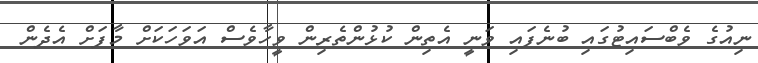
ނިއުގެ ވެބްސައިޓުގައި ބުނެފައި ވަނީ އެތިން ކުޅުންތެރިން ވީހާވެސް އަވަހަކަށް މާފަށް އެދެން